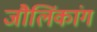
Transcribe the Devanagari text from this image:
जौलिंकांग